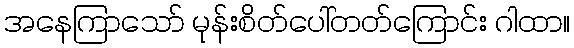
အနေကြာသော် မုန်းစိတ်ပေါ်တတ်ကြောင်း ဂါထာ။